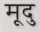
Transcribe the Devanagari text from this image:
मूदु